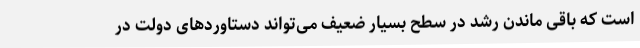
است که باقی ماندن رشد در سطح بسیار ضعیف می‌تواند دستاوردهای دولت در